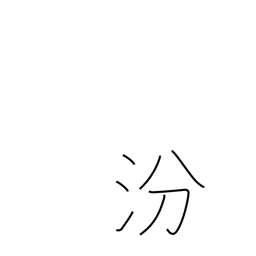
Meaning: name of a Chinese river